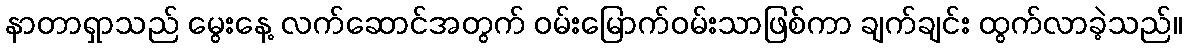
နာတာရှာသည် မွေးနေ့ လက်ဆောင်အတွက် ဝမ်းမြောက်ဝမ်းသာဖြစ်ကာ ချက်ချင်း ထွက်လာခဲ့သည်။